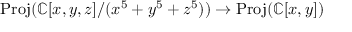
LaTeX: { \mathrm { P r o j } } ( \mathbb { C } [ x , y , z ] / ( x ^ { 5 } + y ^ { 5 } + z ^ { 5 } ) ) \to { \mathrm { P r o j } } ( \mathbb { C } [ x , y ] )